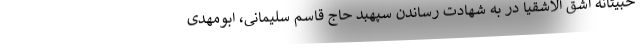
خبیثانه اشق الاشقیا در به شهادت رساندن سپهبد حاج قاسم سلیمانی، ابومهدی